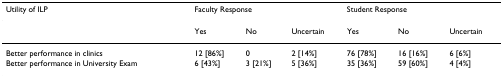
<table><thead><tr><td><b>Utility of ILP</b></td><td colspan="3"><b>Faculty Response</b></td><td colspan="3"><b>Student Response</b></td></tr></thead><tbody><tr><td></td><td>Yes</td><td>No</td><td>Uncertain</td><td>Yes</td><td>No</td><td>Uncertain</td></tr><tr><td>Better performance in clinics</td><td>12 [86%]</td><td>0</td><td>2 [14%]</td><td>76 [78%]</td><td>16 [16%]</td><td>6 [6%]</td></tr><tr><td>Better performance in University Exam</td><td>6 [43%]</td><td>3 [21%]</td><td>5 [36%]</td><td>35 [36%]</td><td>59 [60%]</td><td>4 [4%]</td></tr></tbody></table>